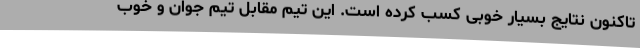
تاکنون نتایج بسیار خوبی کسب کرده است. این تیم مقابل تیم جوان و خوب